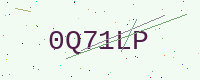
Text: 0Q71LP